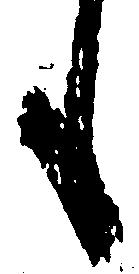
も